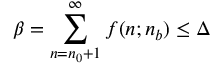
\beta = \sum _ { n = n _ { 0 } + 1 } ^ { \infty } f ( n ; n _ { b } ) \leq \Delta